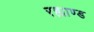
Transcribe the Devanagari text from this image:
रह्माण्ड